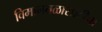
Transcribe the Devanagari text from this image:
विमानतळासाठीचा